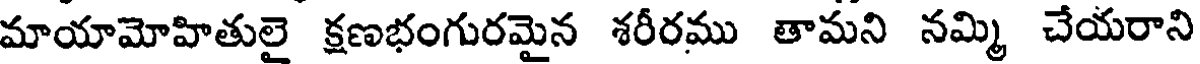
మాయామోహితులై క్షణభంగురమైన శరీరము తామని నమ్మి చేయరాని